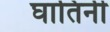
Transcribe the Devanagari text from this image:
घातिनी